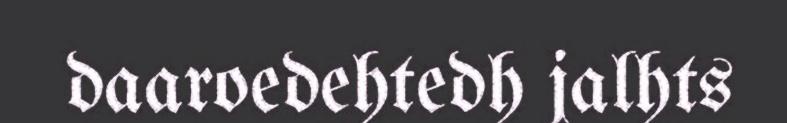
daaroedehtedh jalhts